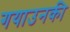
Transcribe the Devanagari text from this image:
गयाउनकी